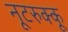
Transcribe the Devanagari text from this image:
नूटरुक्कू